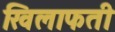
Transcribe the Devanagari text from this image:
खिलाफती